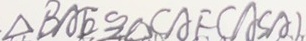
\Delta B A E \cong \Delta C A F ( A S A )